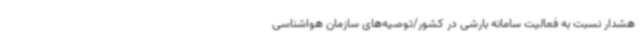
هشدار نسبت به فعالیت سامانه بارشی در کشور/توصیه‌های سازمان هواشناسی